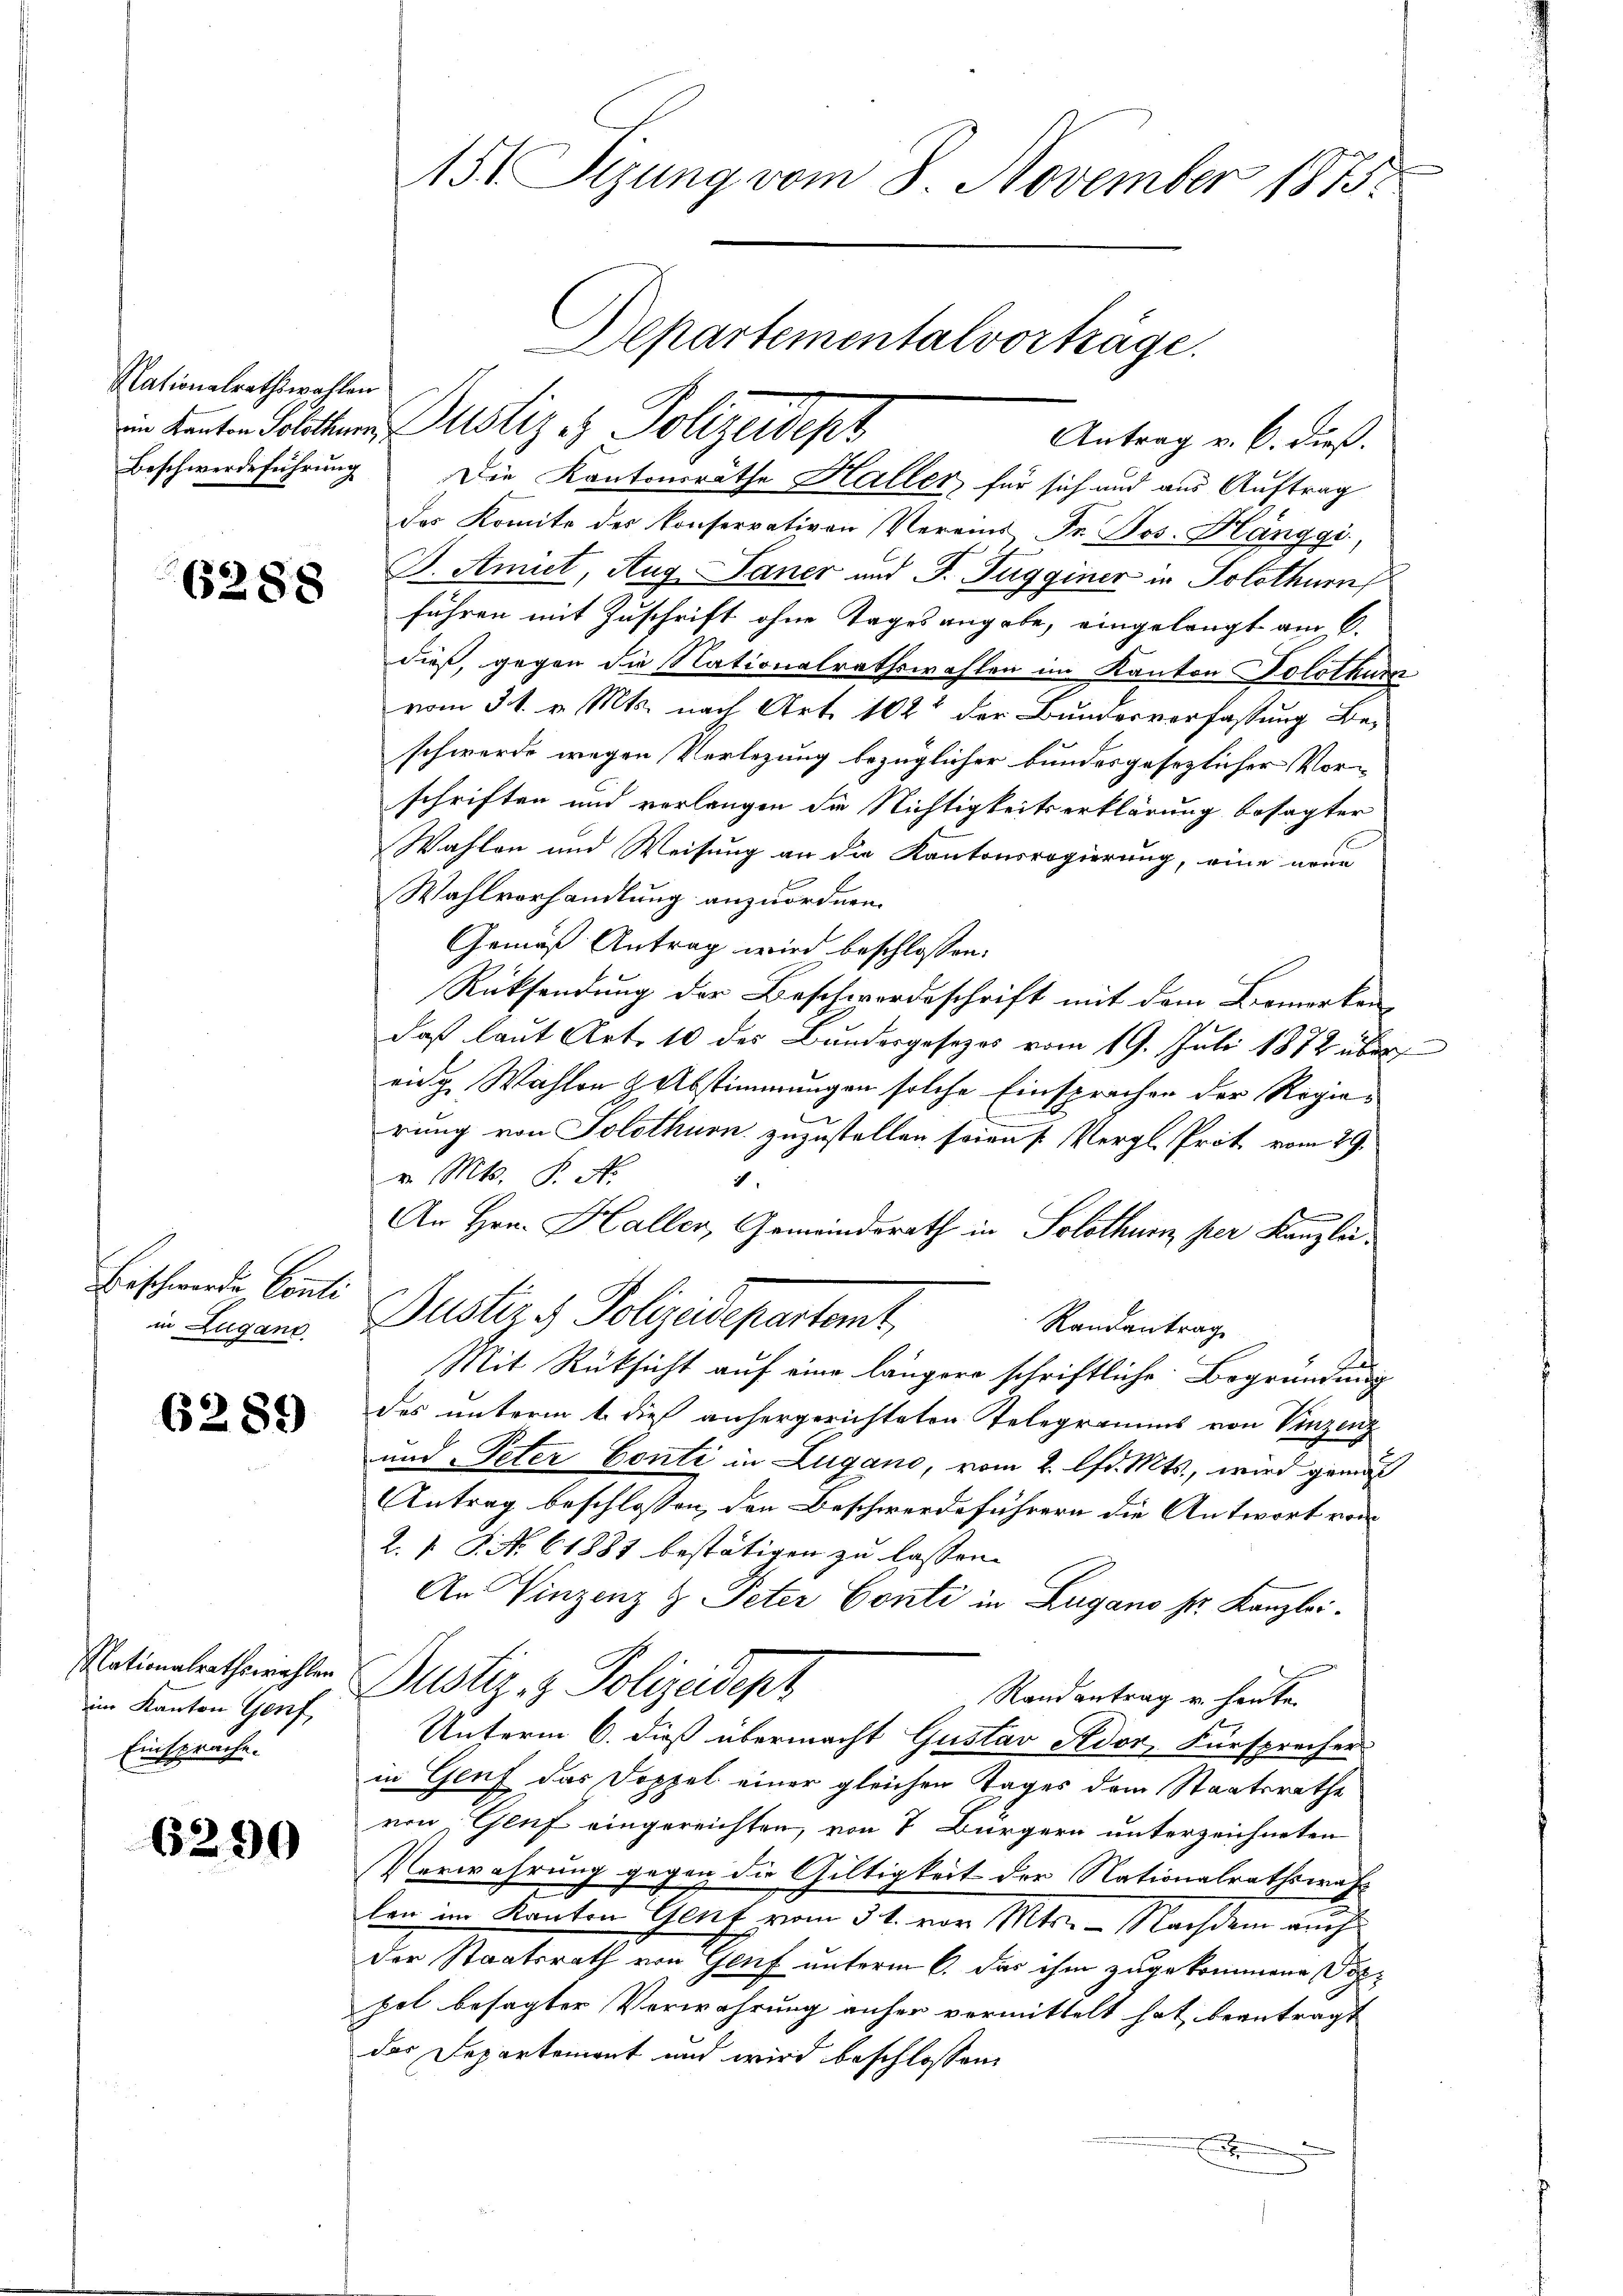
Nationalrathswahlen

6288

Beschwerde Conti
in Zugano.

6289

im Kanton Genf,
Einsprache.

6290

Antrag v. 6. dieß
Beschwerdeführung Die Kantonsräthe Haller, für sich und aus Auftrag
das Komite des konservativen Vereins Dr. Jos. Hanggi,
D. Amiet, Aug. Janer und J. Fugginer in Solothurn
führen mit Zuschrift ohne Tagesangabe, eingelangt am 6.
dieß, gegen die Nationalrathswahlen im Kanton Solothur
vom 31. v. Mts. nach Art. 102 der Bundesverfassung Beischwerde wegen Verletzung bezüglicher bundesgesezlicher Vorschriften und verlangen die Nichtigkeitserklärung besagter
Wahlen und Weisung an die Kantonsregierung, eine wenn
Wahlvorhandlung anzuordnen.
Gemäß Antrag wird beschlossen:
Rücksendung der Beschwerdeschrift mit dem Bemerken-
daß laut Art. 10 des Bundergesezes vom 19. Juli 1872 über
eidg. Wahlen & Abstimmungen solche Einsprachen der Regie¬
.
rung von Solothurn zuzustellen soins Vergl. Prot vom 29.
v. Mts. S. A.
1.
An Hrn. Haller, Gemeindsrath in Solothur per Kanzlei¬
Justiz & Polizeidepartent,
Randantrag
Mit Rücksicht auf eine längere schriftliche Begründung
des unterm 1. dieß anhergerichteten Telegramms von Vinzenz
und Peter Conti in Lugano, vom 2. lfd. Mts., wird gemäß
Antrag beschlossen, den Beschwerdeführern die Antwort von
2. 1. P. No. 61881 bestätigen zu lassen. |
An Vinzenz & Peter Conti in Lugano fr. Kanzlei.
Nationalentheinahlen Justiz- & Polizeidept
Randantrag u. heute
Unterm 6. dieß übermacht Gustav Ador Fürsprecher
in Genf das Doppel einer gleichen Tages dem Staatsrathe
von, Genf eingereichten, von 7 Bürgern unterzeichneten
Verwahrung gegen die Gültigkeit der Nationalrathswahlen im Kanton Genf vom 31. vor. Mts. — Nachdem auch
der Staatsrath von Genf unterm 6. das ihm zugekommene Doppol besagter Verwahrung anher vormittelt hat beantragt
das Departement und wird beschlossen:
e

15 Sizung vom 8. November 1875.
Departementalvorträge.
im Kanten Politherr Justiz & Polizeidep